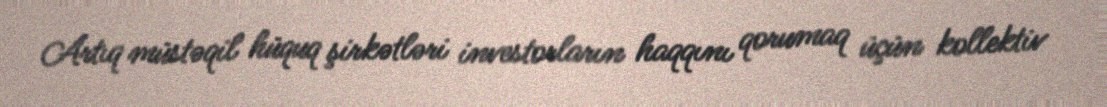
Artıq müstəqil hüquq şirkətləri investorların haqqını qorumaq üçün kollektiv